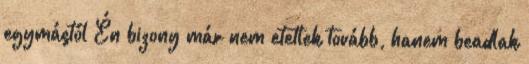
egymástól Én bizony már nem etetlek tovább, hanem beadlak